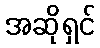
အဆိုရှင်